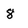
Character: 8